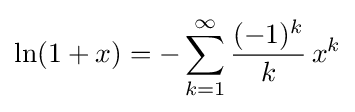
\ln(1+x)=-\sum _{k=1}^{\infty }{\frac {(-1)^{k}}{k}}\,x^{k}